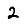
Digit: 2